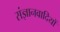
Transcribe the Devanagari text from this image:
संज्ञानवादियों